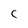
Character: C